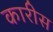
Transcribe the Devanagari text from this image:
कारीस